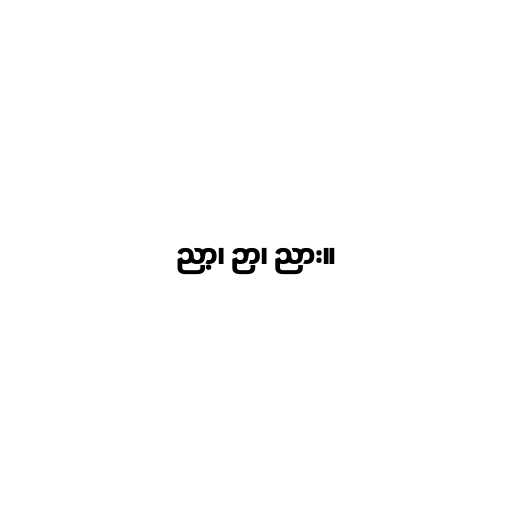
ညာ့၊ ဉာ၊ ညား။